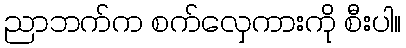
ညာဘက်က စက်လှေကားကို စီးပါ။